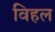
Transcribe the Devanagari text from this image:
विहल